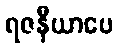
ရဇနီယာပေ